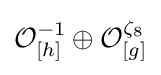
{\mathcal {O}}_{[h]}^{-1}\oplus {\mathcal {O}}_{[g]}^{\zeta _{8}}